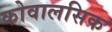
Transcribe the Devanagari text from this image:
कोवालसिक